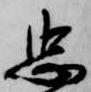
忠